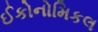
ઈકોનોમિકલ